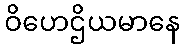
ဝိဟေဌိယမာနေ